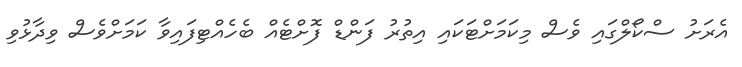
އެރަށު ސްކޯލްގައި ވެސް މިކަމަށްޓަކައި އިތުރު ފަންޑް ފޮށްޓެއް ބެހެއްޓިފައިވާ ކަމަށްވެސް ވިދާޅުވި